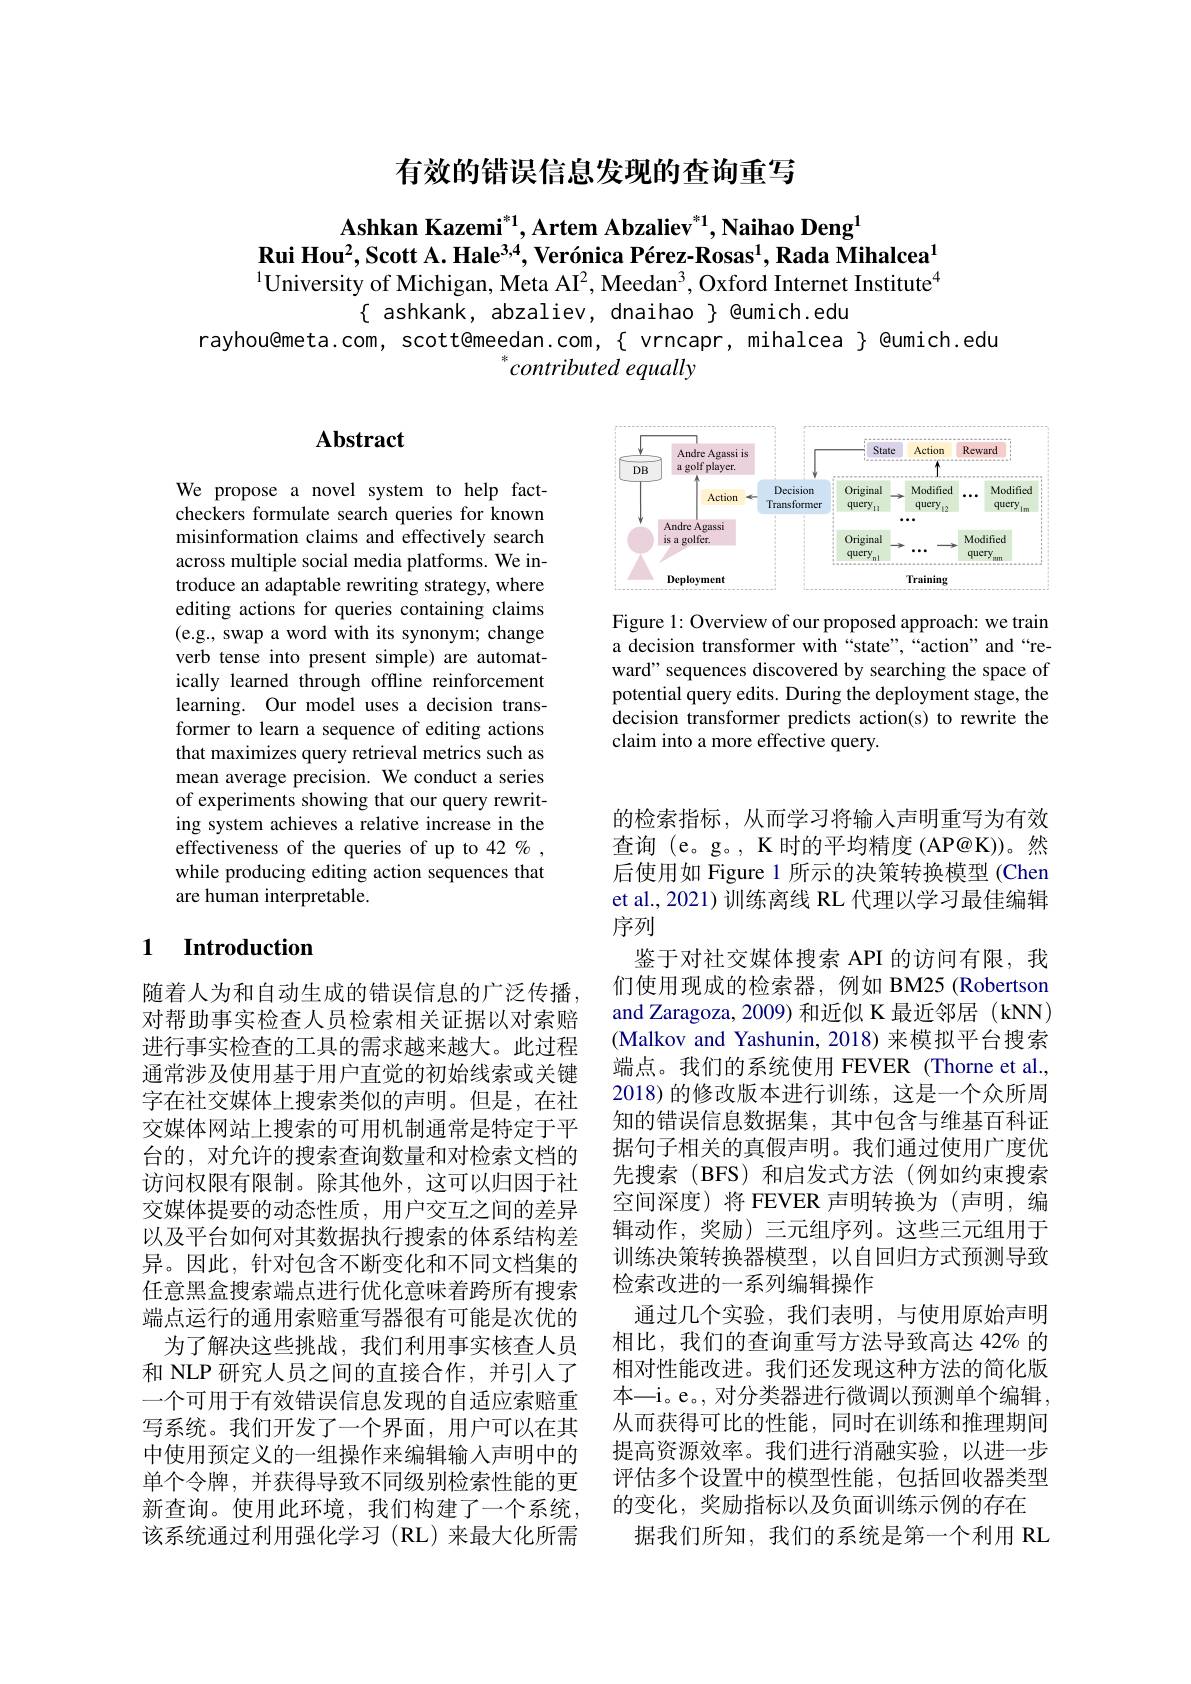
有效的错误信息发现的查询重写

Ashkan Kazemi$^*1,\textbf{Artem Abzaliev}^{*1},\textbf{Naihao Deng}^{1}$
Rui Hou$^2$,Scott A. Hale$^3,4,\text{Ver\'{o}nicaP\'{e}rez-Rosas}^1$, Rada Mihalcea$^1$ $^{1}$University of Michigan, Meta AI$^2$, Meedan$^3$, Oxford Internet Institute$^{4}$

$\{$ ashkank, abzaliev, dnaihao $\}$ @umich.edu
rayhou@meta.com, scott@meedan.com,{{{vrncapr,mihalcea}}} @umich.edu
$^{*}contributed$ equally

## $\mathbf{Abstract}$

<FigureHere>

Figure 1: Overview of our proposed approach: we train a decision transformer with“state”,“action”and“reward" sequences discovered by searching the space of potential query edits. During the deployment stage, the decision transformer predicts action(s) to rewrite the claim into a more effective query.

We propose a novel system to help factcheckers formulate search queries for known misinformation claims and effectively search across multiple social media platforms. We introduce an adaptable rewriting strategy, where editing actions for queries containing claims (e.g., swap a word with its synonym; change verb tense into present simple) are automatically learned through offline reinforcement learning. Our model uses a decision transformer to learn a sequence of editing actions that maximizes query retrieval metrics such as mean average precision. We conduct a series of experiments showing that our query rewriting system achieves a relative increase in the effectiveness of the queries of up to 42 % , while producing editing action sequences that are human interpretable.

## 1 $\textbf{Introduction}$

的检索指标，从而学习将输入声明重写为有效查询 (e。g。, K 时的平均精度 (AP@K))。然后使用如 Figure 1 所示的决策转换模型 (Chen et al., 2021) 训练离线 RL 代理以学习最佳编辑序列
鉴于对社交媒体搜索 API 的访问有限，我们使用现成的检索器，例如 BM25(Robertson and Zaragoza, 2009) 和近似 K 最近邻居 (kNN) (Malkov and Yashunin, 2018)来模拟平台搜索端点。我们的系统使用 FEVER (Thorne et al., 2018) 的修改版本进行训练，这是一个众所周知的错误信息数据集，其中包含与维基百科证据句子相关的真假声明。我们通过使用广度优先搜索(BFS)和启发式方法(例如约束搜索空间深度)将 FEVER 声明转换为(声明，编辑动作，奖励)三元组序列。这些三元组用于训练决策转换器模型，以自回归方式预测导致检索改进的一系列编辑操作
通过几个实验，我们表明，与使用原始声明相比，我们的查询重写方法导致高达 42% 的相对性能改进。我们还发现这种方法的简化版本—i。e。, 对分类器进行微调以预测单个编辑， 从而获得可比的性能，同时在训练和推理期间提高资源效率。我们进行消融实验，以进一步评估多个设置中的模型性能，包括回收器类型
新查询。使用此环境，我们构建了一个系统，的变化，奖励指标以及负面训练示例的存在
据我们所知，我们的系统是第一个利用 RL

随着人为和自动生成的错误信息的广泛传播对帮助事实检查人员检索相关证据以对索赔进行事实检查的工具的需求越来越大。此过程通常涉及使用基于用户直觉的初始线索或关键字在社交媒体上搜索类似的声明。但是，在社交媒体网站上搜索的可用机制通常是特定于平台的，对允许的搜索查询数量和对检索文档的访问权限有限制。除其他外，这可以归因于社交媒体提要的动态性质，用户交互之间的差异以及平台如何对其数据执行搜索的体系结构差异。因此，针对包含不断变化和不同文档集的任意黑盒搜索端点进行优化意味着跨所有搜索端点运行的通用索赔重写器很有可能是次优的
为了解决这些挑战，我们利用事实核查人员和 NLP 研究人员之间的直接合作，并引入了一个可用于有效错误信息发现的自适应索赔重写系统。我们开发了一个界面，用户可以在其中使用预定义的一组操作来编辑输入声明中的单个令牌，并获得导致不同级别检索性能的更该系统通过利用强化学习(RL)来最大化所需